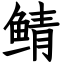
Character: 鲭